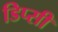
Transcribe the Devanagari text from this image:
डिप्सी